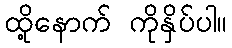
ထို့နောက် ကိုနှိပ်ပါ။